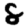
Digit: 8